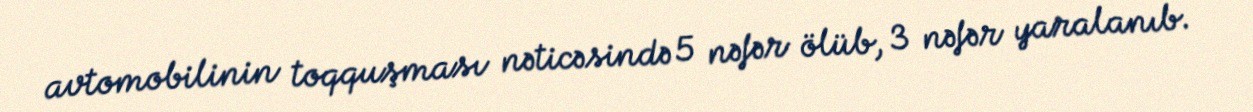
avtomobilinin toqquşması nəticəsində 5 nəfər ölüb, 3 nəfər yaralanıb.